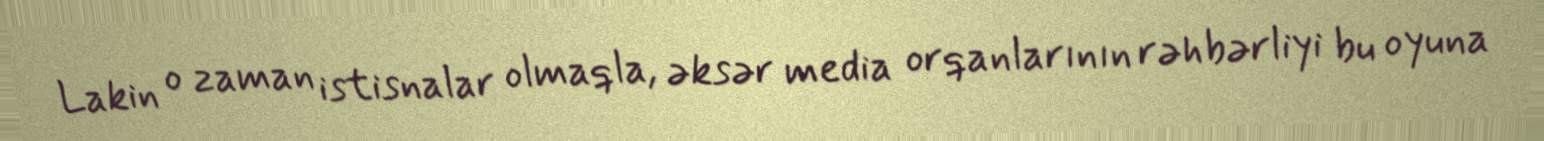
Lakin o zaman istisnalar olmaqla, əksər media orqanlarının rəhbərliyi bu oyuna